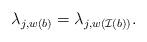
LaTeX: \begin{align*}\lambda_{j,w(b)} = \lambda_{j,w(\mathcal{I}(b))}.\end{align*}